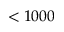
< 1 0 0 0